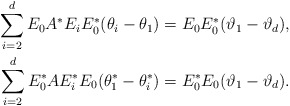
\begin{align*}\sum^{d}_{i=2} E_0A^*E_iE^*_0(\theta_i-\theta_1) & = E_0E^*_0(\vartheta_1-\vartheta_d), \\\sum^{d}_{i=2} E^*_0AE^*_iE_0(\theta^*_1-\theta^*_i) & = E^*_0E_0(\vartheta_1-\vartheta_d). \end{align*}